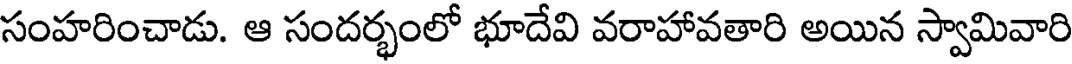
సంహరించాడు. ఆ సందర్భంలో భూదేవి వరాహావతారి అయిన స్వామివారి